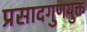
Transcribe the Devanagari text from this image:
प्रसादगुणयुक्त